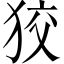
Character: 狡